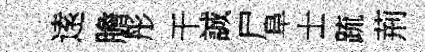
逺膽彤干誠尸阜士䟽荊